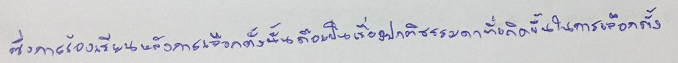
ซึ่งการร้องเรียนหลังการเลือกตั้งนั้นถือเป็นเรื่องปกติธรรมดาที่เกิดขึ้นในการเลือกตั้ง